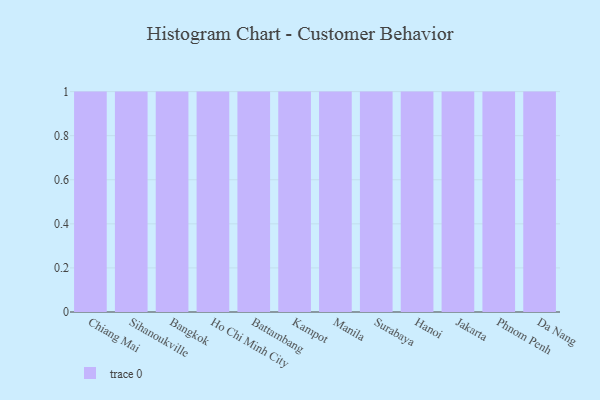
{"axis": {"x": "City", "y": "Latency (ms)"}, "legend": [""], "data": [{"x": "Chiang Mai", "y": 98, "type": ""}, {"x": "Sihanoukville", "y": 6, "type": ""}, {"x": "Bangkok", "y": 13, "type": ""}, {"x": "Ho Chi Minh City", "y": 96, "type": ""}, {"x": "Battambang", "y": 23, "type": ""}, {"x": "Kampot", "y": 95, "type": ""}, {"x": "Manila", "y": 73, "type": ""}, {"x": "Surabaya", "y": 4, "type": ""}, {"x": "Hanoi", "y": 72, "type": ""}, {"x": "Jakarta", "y": 89, "type": ""}, {"x": "Phnom Penh", "y": 5, "type": ""}, {"x": "Da Nang", "y": 66, "type": ""}]}